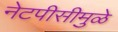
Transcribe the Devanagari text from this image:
नेटपीसीमुळे